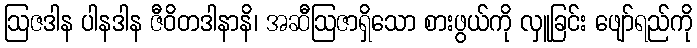
ဩဇဒါန ပါနဒါန ဇီဝိတဒါနာနိ၊ အဆီဩဇာရှိသော စားဖွယ်ကို လှူခြင်း ဖျော်ရည်ကို